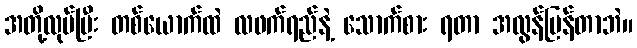
အတို့လုပ်ပြီး တစ်ယောက်ထဲ လဖက်ရည်နဲ့ သောက်စား ရတာ အလွန်မြန်တာဘဲ။